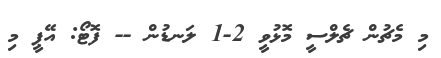
މި މެޗުން ޗެލްސީ މޮޅުވީ 2-1 ލަނޑުން -- ފޮޓޯ: އޭޕީ މި